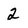
Character: 2